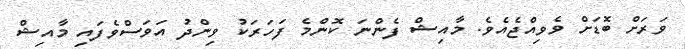
ވަރަށް ބޮޑަށް ވެވިއްޖެއެވެ. މާއިޝް ފެންނަ ކޮންމެ ފަހަރަކު ވިންދު އަވަސްވެފައި މާއިޝް